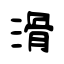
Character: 滑